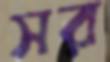
সর